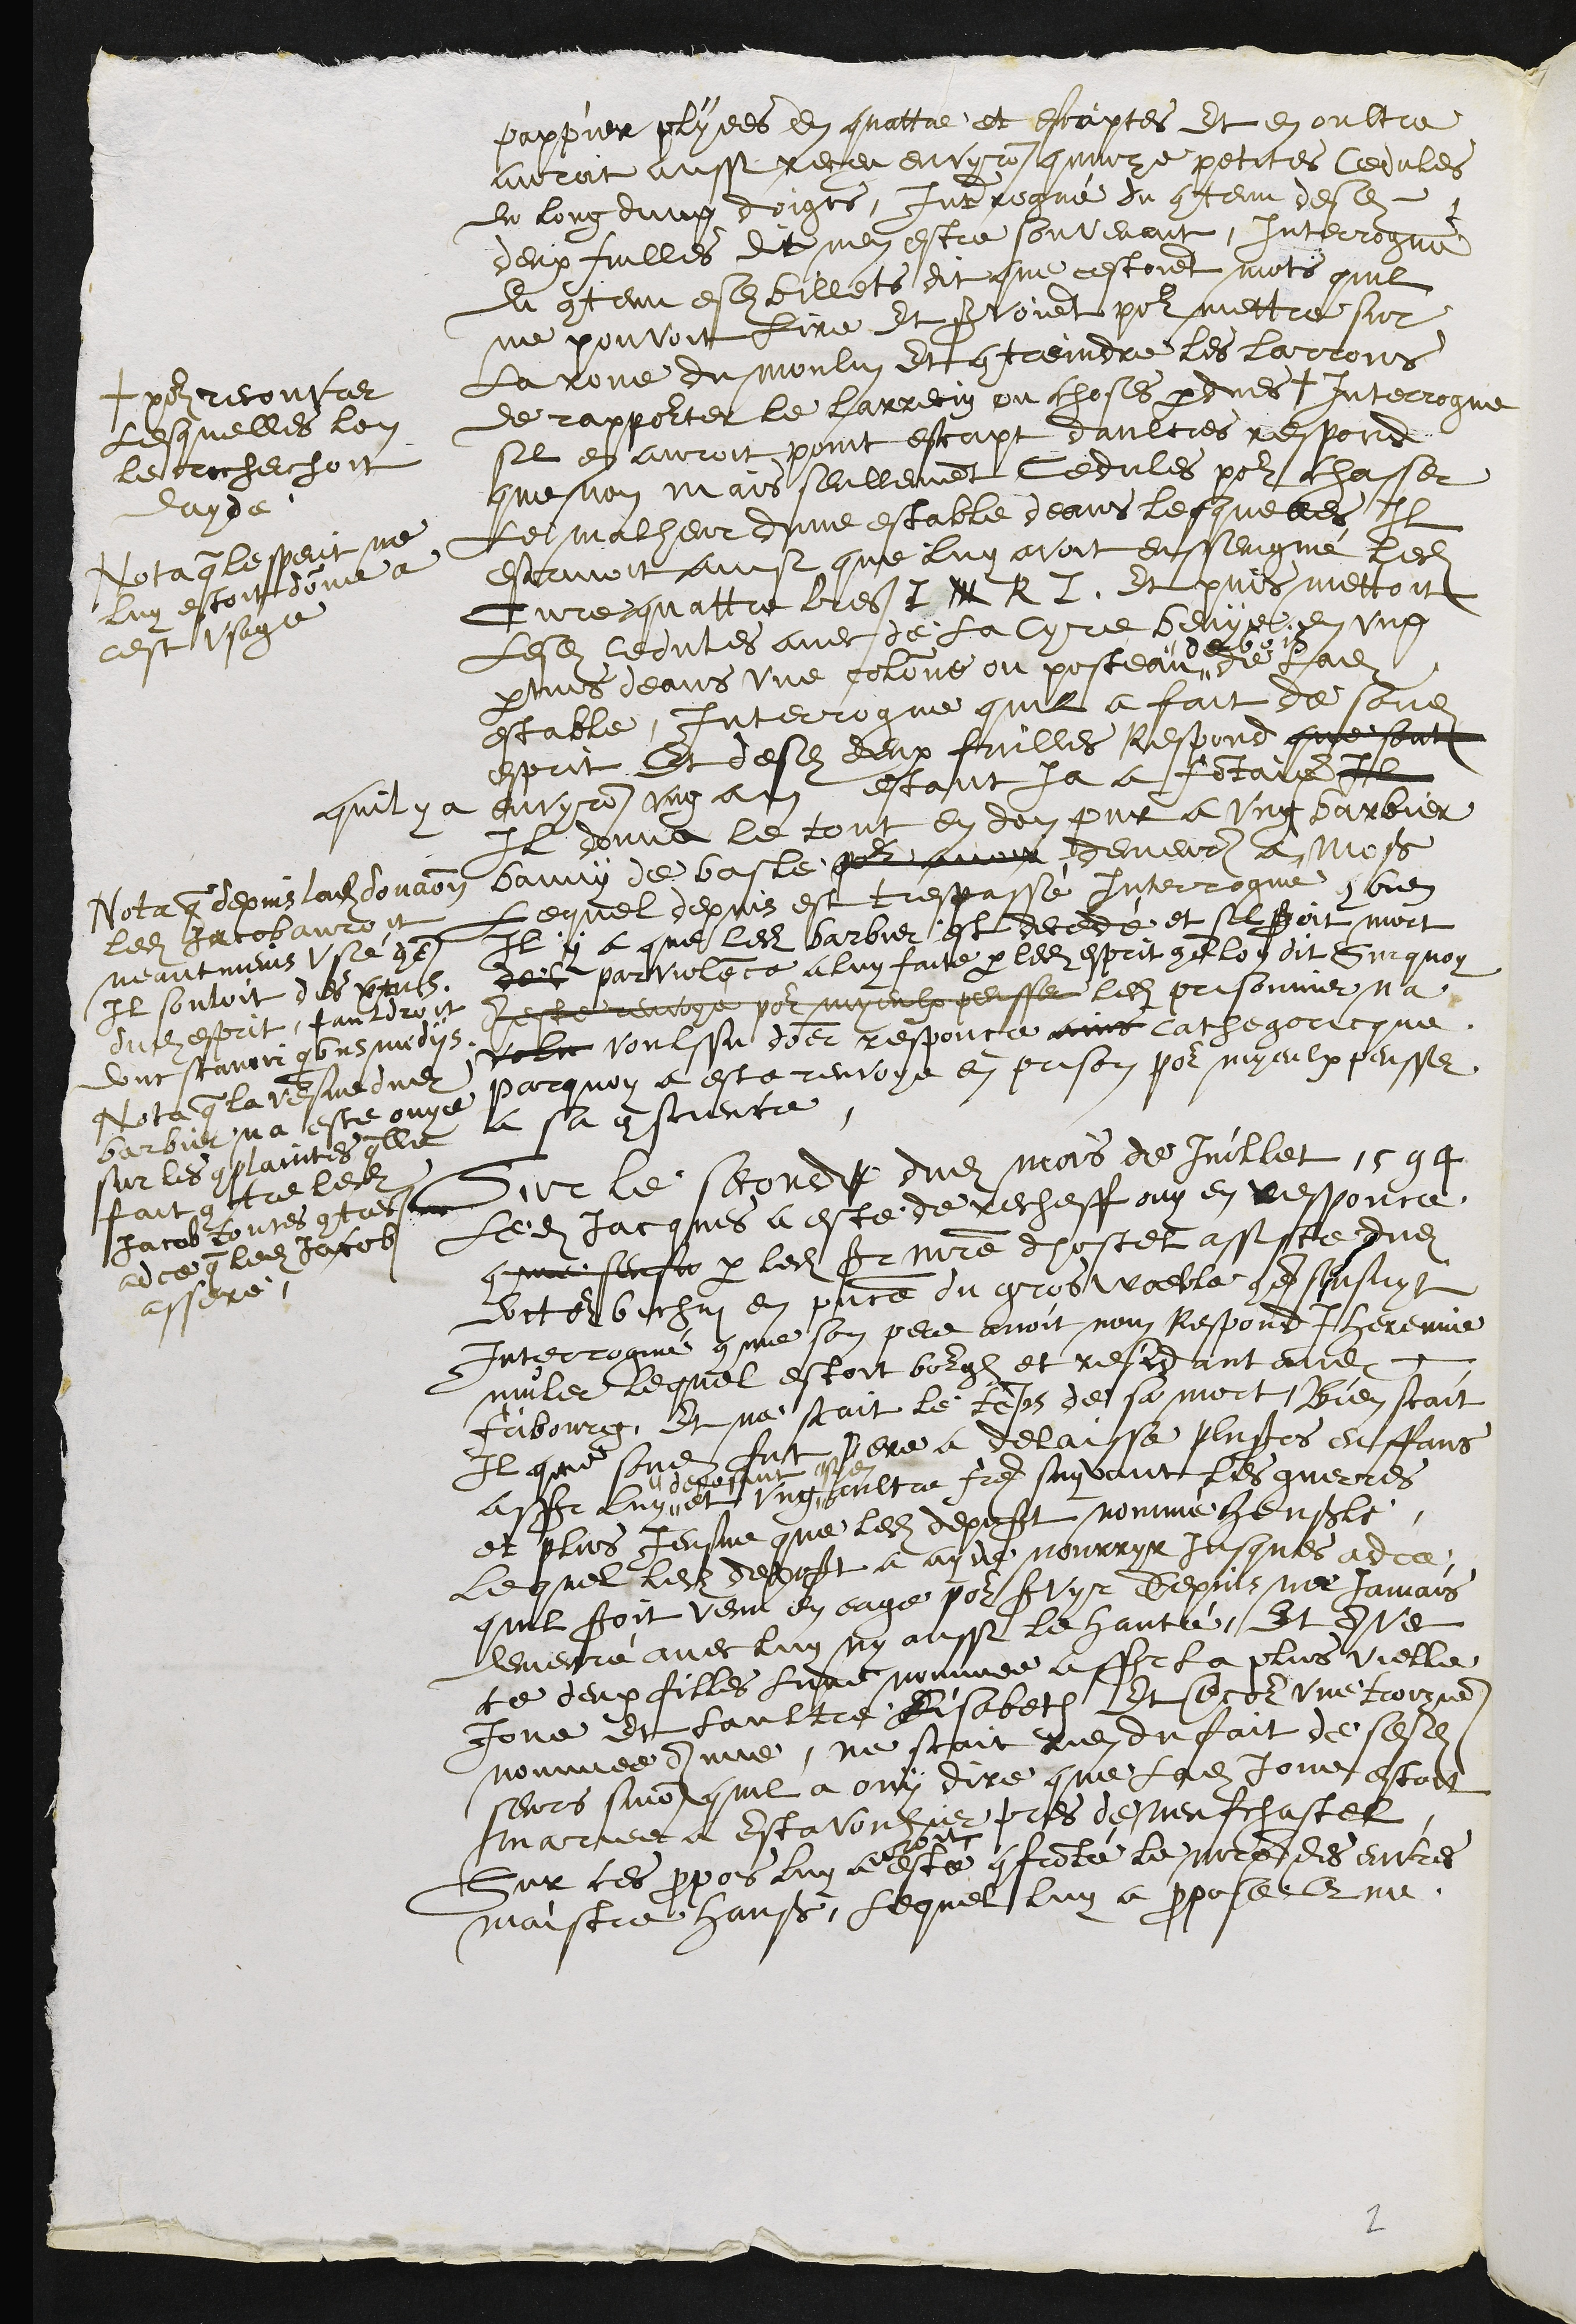
pappier plyees en quattre et escriptes et en oultre
auroit aussi receu envyron quinze petites cedules
du long dung doigts, Interrogué du contenu desdites
deux fuilles dit nen estre souvenant, Interrogué
du contenu esdits billets dit que cestoient mots quil
ne pouvoit lire et servoient pour mettre sur
la roue du moulin et contreindre les larrons
de rappourter le larrecin ou choses perdues +
+ pour recouvrer
Lesquelles lon
le recherchoit
dayde
Interrogue
sil en auroit point escript daultres respond
que non mais seullement cedules pour chasser
Le malheur dune estable deans lesquelles Il
escavoit ainsi que luy avoit ensseingné ledit
Cure quattre lres I N R I. Et puis mettoit
Lesdits ceedules avec de la cyre benye en ung
pertuis deans une colonne ou posteau
de bois
de ladite
estable
Nota que lesperit ne
luy estoit donné à
cest usage
Interrogue quil a fait de sondit
esprit, Et desdits deux fuilles Respond que sont
quil y a envyron ung an estant ja a Fontaine Il
Il donna le tout en don pur a ung barbier
Banny de basle pour avoir demeur a Moß
Lequel depuis est trespassé Interrogue combien
Il y a que ledit barbier est decedé et sil seroit mort
det par violence à luy faite par ledit esprit come lon dit Surquoy
A este renvoyer pour myeulx pensser ledit prisonnier na
volu voulssu doner responce ains cathegoricque
parquoy a este renvoye en prison pour myeulx pensser
a sa conscience
Nota que depuis ladite donation
ledit Jacob auroit
neantmeins usé come
Il souloit des vertus
dudit esprit, fauldroit
dont scavoir quibus mediis
Nota que la vesve dudit
barbier na este ouye
sur les complaintes quelle
fait contre ledit
Jacob toutes contres
adce que ledit Jacob
assere.
Sur le second dudit mois de Juillet 1594
Ledit Jacques a este de recheff ouy en responce
come sensu par ledit sr maistre dhostel assiste dudit
doctour bichin en presence du gros woeble come sensuyt
Interrogué comme son pere avoit nom Respond Jheremie
muler lequel estoit bourgeois et residant audit
Fribourg, Et ne scait le temps de sa mort, Bien scait
Il que sondit fut pere a delaisse plusieurs enffans
assr luy
deposant
et ung
sien
aultre fre suyvant les guerres
et plus Jeusne que ledit deposant nomme Henßle,
lequel ledit deposant a ayde nourryr jusques adce
quil seroit venu en eage pour servyr depuis na jamais
demeuré avec luy ny aussi le hanté, Et Avec
ce deux filles lune nommee assr la plus vielle
Jone et laultre Lisabeth Et encour une troizieme
nommee Anne, ne scait rien du fait de sesdites
seurs sinon quil a ouy dire que ladite Jone estoit
mariee a Estavouhier pres de Neufchastel
Sur ces propos luy
auroit
esté confronté le maistre des euvres
maistre Hanß, lequel luy a propose et ne

2